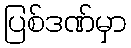
ပြစ်ဒဏ်မှာ